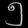
Digit: ၅